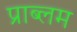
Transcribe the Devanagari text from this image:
प्राब्लम